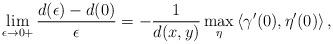
LaTeX: \begin{align*}\lim_{\epsilon\to 0+}\frac{d(\epsilon)-d(0)}{\epsilon} =-\frac{1}{d(x,y)} \max_{\eta} \left\langle \gamma'(0),\eta'(0) \right\rangle,\end{align*}